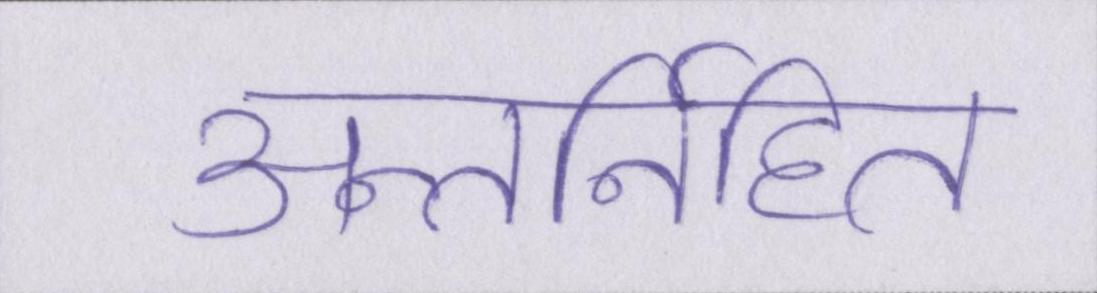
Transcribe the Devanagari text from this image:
अन्तर्निहित